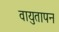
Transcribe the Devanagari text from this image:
वायुतापन